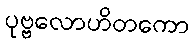
ပုဗ္ဗလောဟိတကော